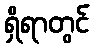
ရှိရာတွင်